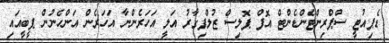
ޑެޕިއުޓީ ސްޕްރިންޓެންޑެންޓް އޮފް ޕޮލިސް ޒުލްފިގާރު އަލީ އަހަރެންނާ އަހަރެން އަންހެނުން ޕީބީއައި